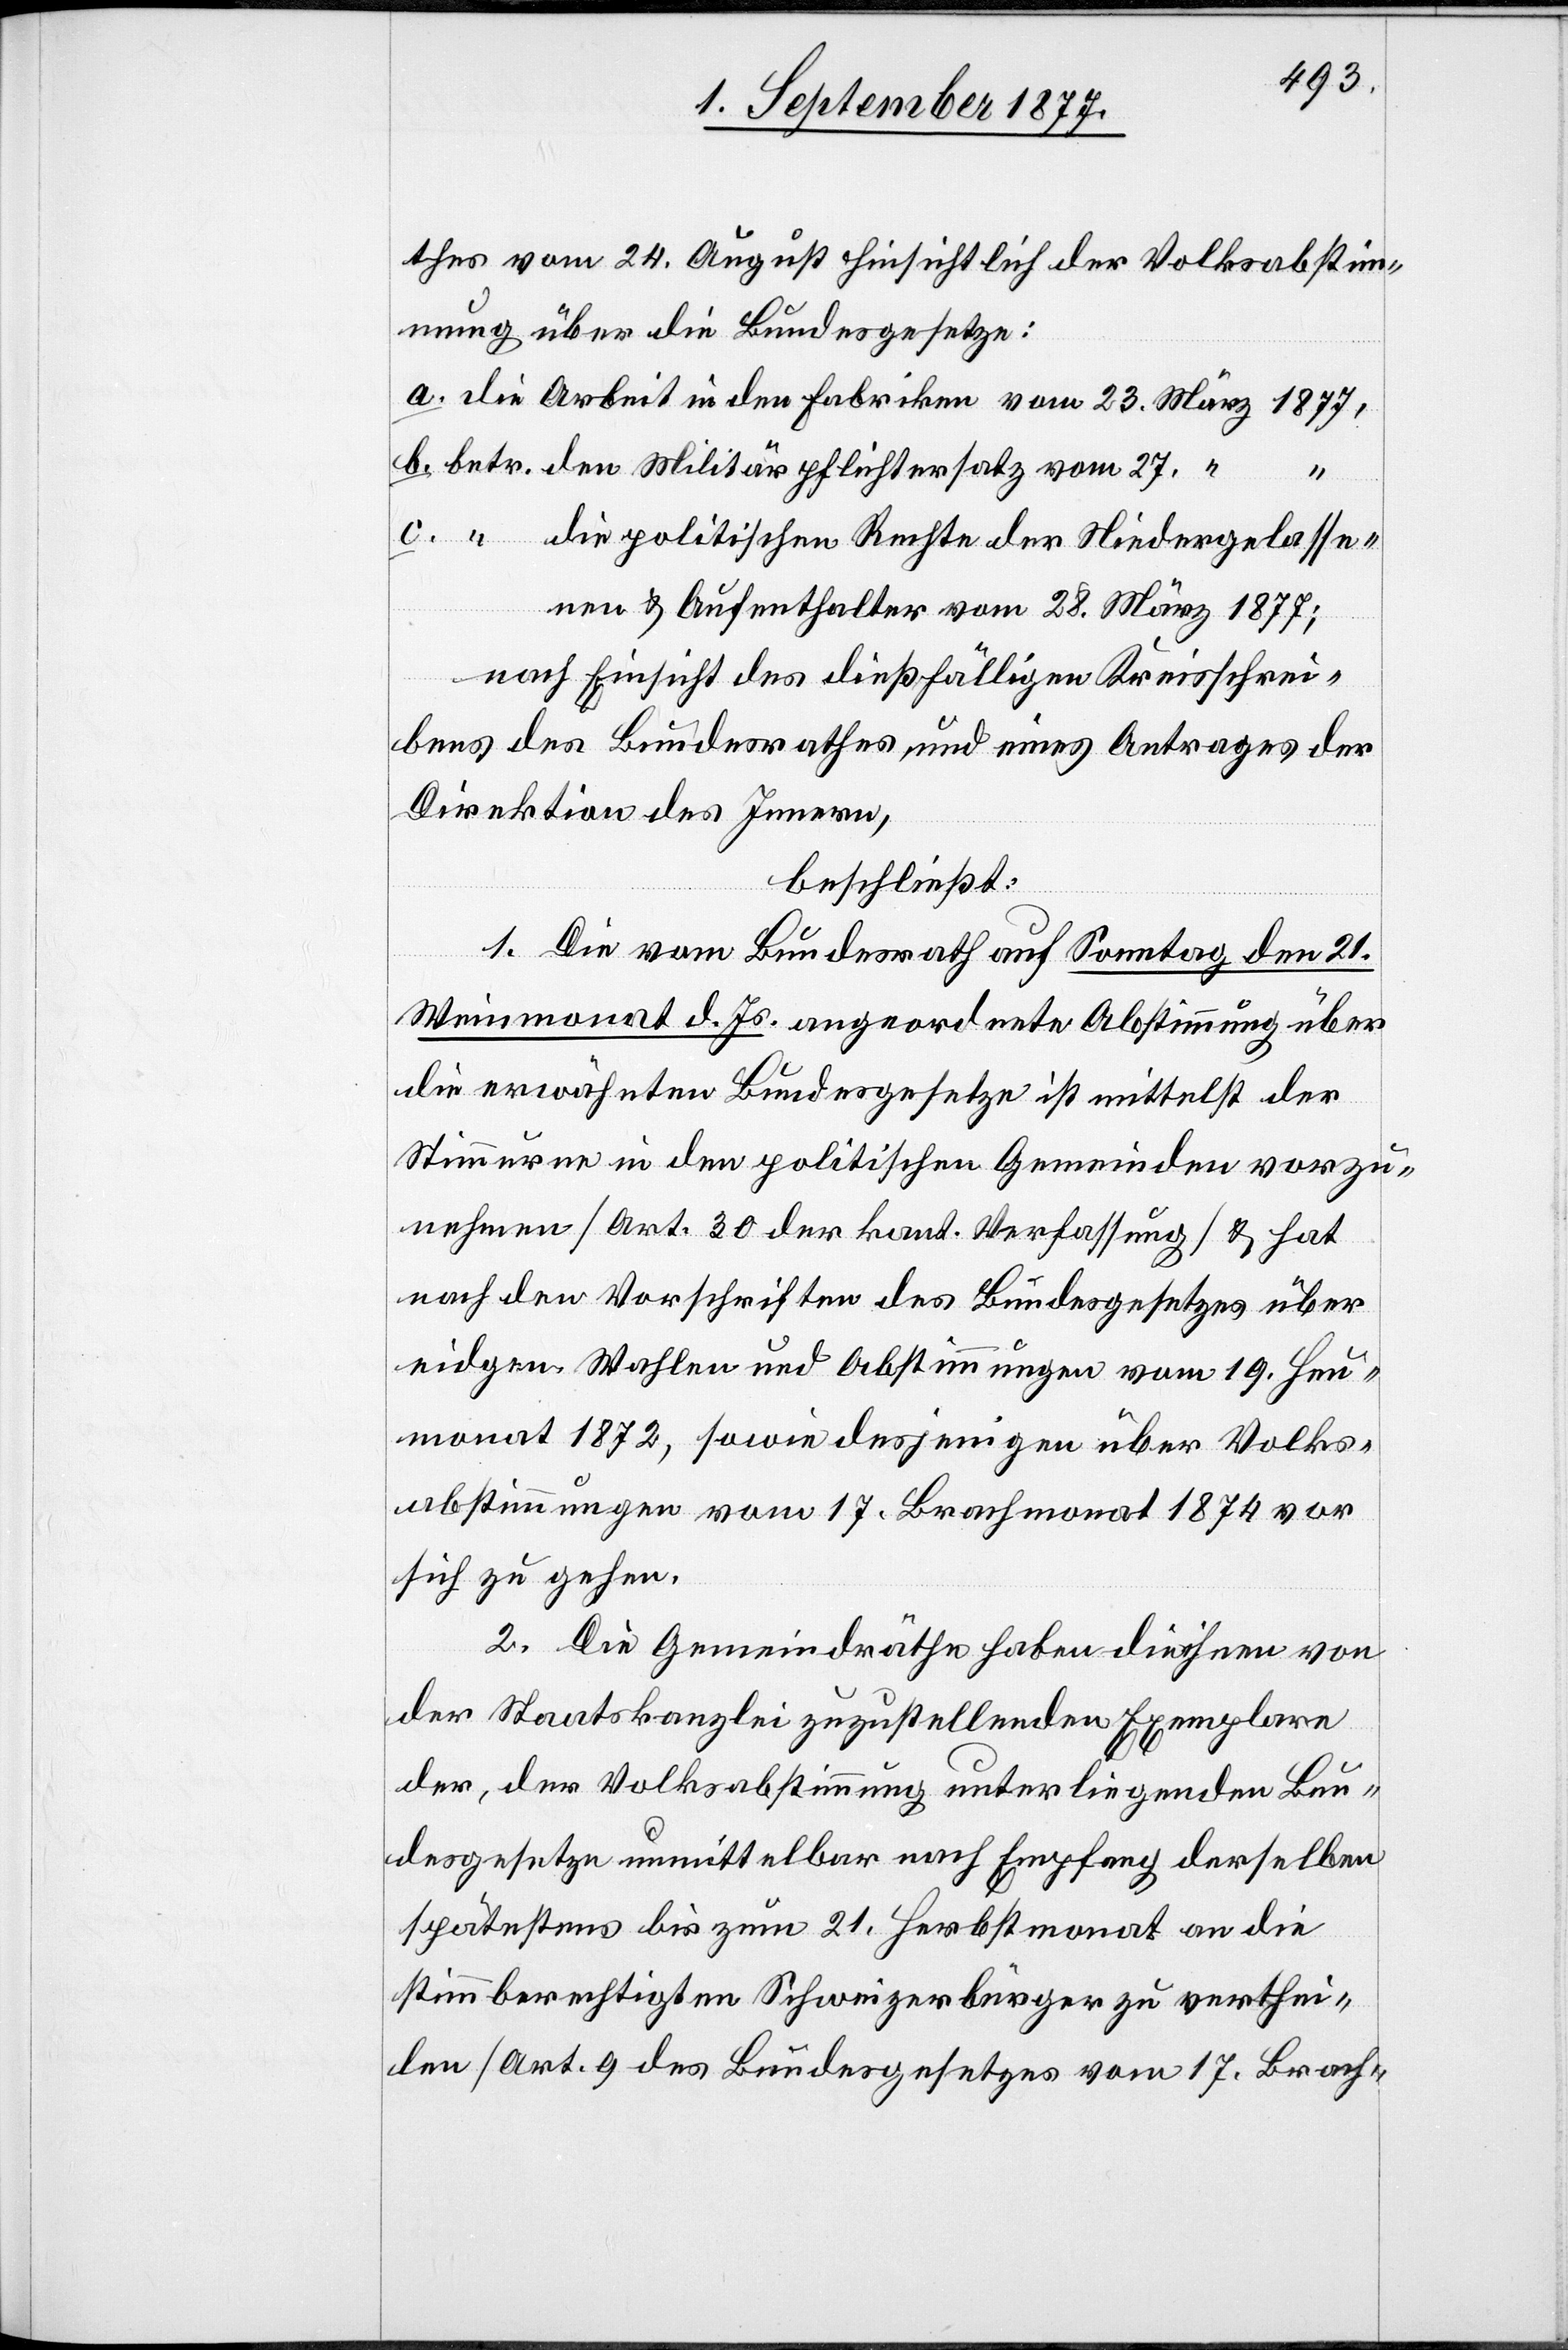
thes vom 24. August hinsichtlich der Volksabstimm¬
ung über die Bundesgesetze:
die Arbeit in den Fabriken vom 23. März 1877,
betr. den Militärpflichtersatz vom 27. “
die politischen Rechte der Niedergelasse¬
nen & Aufenthalter vom 28. März 1877;
nach Einsicht des dießfälligen Kreisschrei¬
bens des Bundesrathes und eines Antrages der
Direktion des Innern,
beschließt:
1. Die vom Bundesrath auf Sonntag den 21.
Weinmonat d. Js. angeordnete Abstimmung über
die erwähnten Bundesgesetze ist mittelst der
Stimmurne in den politischen Gemeinden vorzu¬
nehmen [Art. 30 der kant. Verfassung] & hat
nach den Vorschriften des Bundesgesetzes über
eidgen. Wahlen und Abstimmungen vom 19. Heu¬
monat 1872, sowie desjenigen über Volks¬
abstimmungen vom 17. Brachmonat 1874 vor
sich zu gehen.
2. Die Gemeindräthe haben die ihnen von
der Staatskanzlei zuzustellenden Exemplare
der, der Volksabstimmung unterliegenden Bun¬
desgesetze unmittelbar nach Empfang derselben
spätestens bis zum 21. Herbstmonat an die
stimmberechtigten Schweizerbürger zu verthei¬
len [Art. 9 des Bundesgesetzes vom 17. Brach-